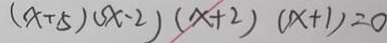
( x + 5 ) s x - 2 ) ( x + 2 ) ( x + 1 ) = 0